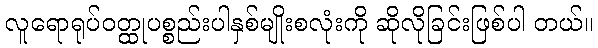
လူရောရုပ်ဝတ္ထုပစ္စည်းပါနှစ်မျိုးစလုံးကို ဆိုလိုခြင်းဖြစ်ပါ တယ်။